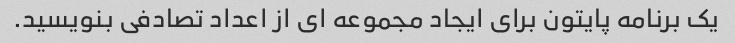
یک برنامه پایتون برای ایجاد مجموعه ای از اعداد تصادفی بنویسید.